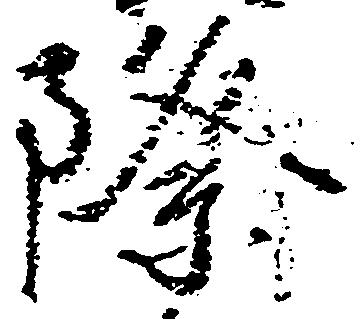
際